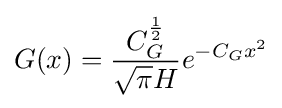
G(x)={\frac {C_{G}^{\frac {1}{2}}}{{\sqrt {\pi }}H}}e^{-C_{G}x^{2}}